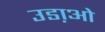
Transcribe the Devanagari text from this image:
उडा़ओ